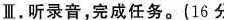
Ⅲ.听录音,完成任务。(16分